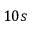
1 0 s